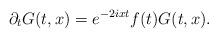
LaTeX: \begin{align*} \partial_t G (t, x) = e^{-2ixt}f(t) G(t,x).\end{align*}